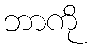
ဘာကို